Burma Government Medical School reports 1907-22
Year: 1907
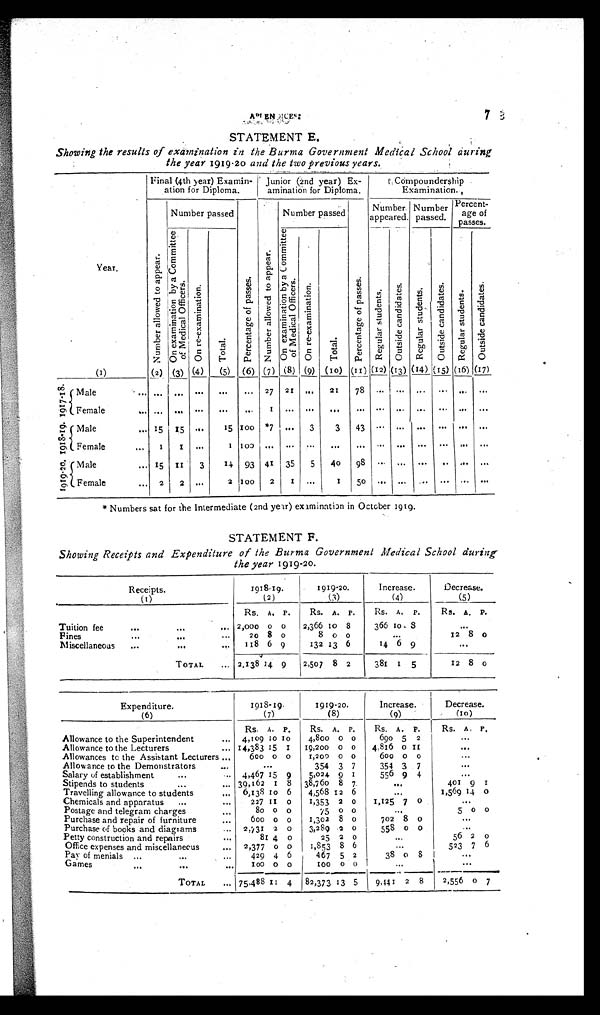
7
STATEMENT E.
Showing the results of examination in the Burma Government Medical School during
the year 1919-20 and the two previous years.
Final (4th year) Examin-
ation for Diploma.
Junior (2nd year) Ex-
amination for Diploma.
Co mp o u n d e r s h i p
Examination.
Year.
N u m b e r a l l o w e d t o a p p e a r .
Number passed
P e r c e n t a g e o f p a s s e s .
N u m b e r a l l o w e d t o a p p e a r .
Number passed
P e r c e n t a g e o f p a s s e s .
Number
appeared.
Number
passed.
Percent -
age of
passes.
O n e x a m i n a t i o n b y a C o m m i t t e e o f M e d i c a l O f f i c e r s .
O n r e - e x a m i n a t i o n .
T o t a l .
O n e x a m i n a t i o n b y a C o m m i t t e e o f M e d i c a l O f f i c e r s .
O n r e - e x a m i n a t i o n .
T o t a l .
R e g u l a r s t u d e n t s .
O u t s i d e c a n d i d a t e s .
R e g u l a r s t u d e n t s .
O u t s i d e c a n d i d a t e s .
R e g u l a r s t u d e n t s .
O u t s i d e c a n d i d a t e s .
(1)
(2) (3) (4)
(5)
(6) (7) (8) (9) (1 0) (11) (12) (13) (14) (15) (16) (17)
1 9 1 7 - 1 8 .
Male ...
. . .
. . .
. . .
. . . ...
27 21
. . .
21
78
...
... ...
...
... . . .
Female
. . .
...
. . .
. . .
. . .
...
1
. . . ...
. . .
... ...
...
. . .
. . . ...
. . .
1 9 1 8 - 1 9 .
Male
... 15
15
. . .
15 100
*7
. . . 3
3
43
...
...
. . . ... ...
. . .
Fem ale
...
1
1
. . .
1 100
...
. . . ...
. . .
...
...
...
. . .
. . .
. . . . . .
1 9 1 9 - 2 0 .
Male...
15
1 1
3
14 93 41
35
5
40
98
...
... ...
...
... . . .
Female
. . .
2
2
. . .
2 100
2
1
...
1
50
...
. . .
...
. . .
...
. . .
* Numbers sat for the Intermediate (2nd year) examination in October 1919.
STATEMENT F.
Showing Receipts and Expenditure of the Burma Government Medical School during
the year 1919-20.
Receipts.
1918-19.
1919-20.
Increase.
Decrease.
(1)
(2)
(3)
(4)
(5)
Rs. A. P.
Rs. A. P.
Rs. A. P.
Rs. A. P.
Tuition fee
...
...
... 2,000 0 0
2,366 10 8
366 10 8
. . .
Fines
...
...
. . .
20 8 0
8 0 0
...
12 8 0
Miscellaneous
...
. .
.
. . .
118 6 9
132 13 6
14 6 9
. . .
TOTAL
. . . 2,138 14 9
2,507 8 2
381 1 5
12 8 0
Expenditure.
1918-19.
1919-20.
Increase.
Decrease.
(6)
(7)
(8)
(9)
(10)
Rs. A. P.
Rs. A. P.
Rs. A. P.
Rs. A. P.
Allowance to the Superintendent
...
4,109
1 0 1 0
4,800 0 0
690 5 2
...
Allowance to the Lecturers
... 14,383 15
1
19,200 0 0
4,816 0
1 1
...
Allowances to the Assistant Lecturers ...
600 0 0
1,200 0 0
600
0 0
...
Allowance to the Demonstrators
...
. . .
354 3 7
354 3 7
...
Salary of establishment
...
...
4,467 15 9
5,024
9 1
556 9 4
...
Stipends to students
...
... 39,162
1 8
38,760 8 7
. . .
401 9
1
Travelling allowance to students
...
6,138
1 0 6
4,568 12 6
. . .
1,569 14
0
Chemicals and apparatus
...
...
227
1 1 0
1,353 2 0
1,125 7
0
...
Postage and telegram charges
80 0
0
75 0 0
. . .
5
0 0
Purchase and repair of furniture
...
600
0
0
1,302 8 0
702 8 0
...
Purchase of books and diagrams
...
2,731 2 0
3,289 2 0
558
0
0
...
Petty construction and repairs
...
81 4 0
25 2 0
...
56 2 0
Office expenses and miscellaneous ...
2,377 0 0
1,853 8 6
. . .
523 7 6
Pay of menials
...
...
...
429 4
6
467 5 2
38
0 8
. . .
Games
...
...
...
100 0
0
100
0 0
. . .
...
TOTAL ... 175.488
1 1 4
82,373 1
3 5
9,441 2 8
2,556 0 7